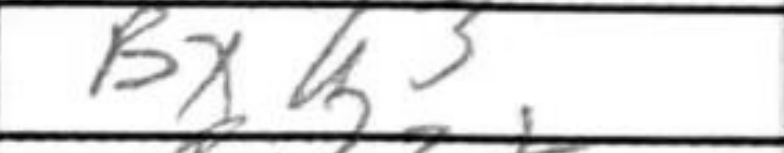
Transcription: Bxh3